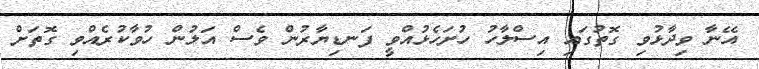
އޭނާ ވިދާޅުވި ގޮތުގައި އިސްލާހު ހުށަހެޅުއްވީ ފަނޑިޔާރުން ވެސް އަލުން ހުވާކުރެއްވި ގޮތަށް